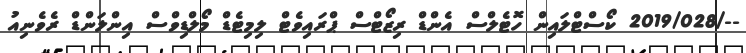
--/2019/028 ކޯސްޓްލައިން ހޮޓެލްސް އެންޑް ރިޒޯޓްސް ޕްރައިވެޓް ލިމިޓެޑް މޯލްޑިވްސް އިންލަންޑް ރެވެނިއު